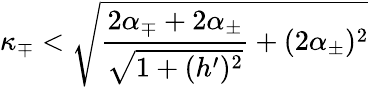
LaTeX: \kappa_{\mp}<\sqrt{\frac{2\alpha_{\mp}+2\alpha_{\pm}}{\sqrt{1+(h^{\prime})^{2}}}+(2\alpha_{\pm})^{2}}